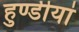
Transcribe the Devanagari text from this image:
हुण्डीयां